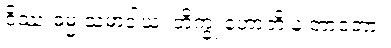
ဝိဿံ ဓမ္မံ သမာဒါယ၊ ဘိက္ခု ဟောတိ န တာဝတာ။